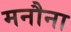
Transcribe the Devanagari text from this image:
मनौना